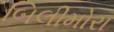
બિલીમોરા